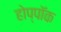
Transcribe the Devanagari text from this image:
होप्पॉक